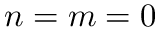
n = m = 0